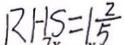
R H S = 1 \frac { 2 } { 5 }